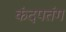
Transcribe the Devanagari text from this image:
कंदपतंग